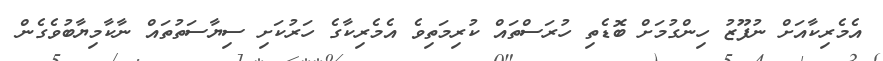
އެމެރިކާއަށް ނުފޫޒު ހިންގުމަށް ބޮޑެތި ހުރަސްތައް ކުރިމަތިވެ އެމެރިކާގެ ހަރުކަށި ސިޔާސަތުތައް ނާކާމިޔާބުވެގެން